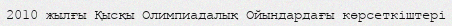
2010 жылғы Қысқы Олимпиадалық Ойындардағы көрсеткіштері